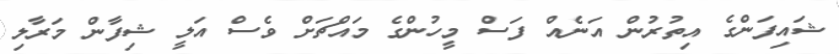
ޝައިފަންގެ އިތުރުން އަނެއް ފަސް މީހުންގެ މައްޗަށް ވެސް އަލީ ޝިފާން މަރާލި